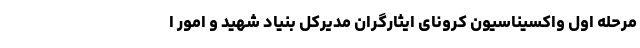
مرحله اول واکسیناسیون کرونای ایثارگران مدیرکل بنیاد شهید و امور ا